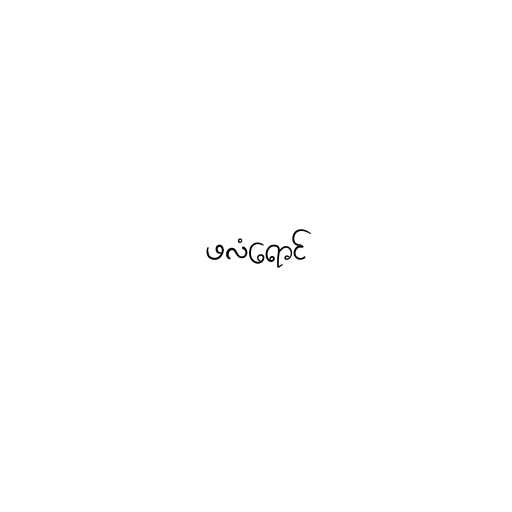
ဖလံရောင်